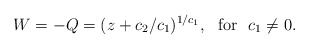
\begin{align*}W=-Q=(z+c_{2}/c_{1})^{1/c_{1}},\ \ \mathrm{for}\ \ c_{1}\not =0. \end{align*}